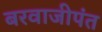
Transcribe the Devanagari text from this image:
बरवाजीपंत